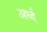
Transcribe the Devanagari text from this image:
अर्ध्द